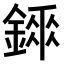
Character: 𨪼